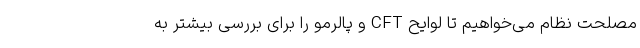
مصلحت نظام می‌خواهیم تا لوایح CFT و پالرمو را برای بررسی بیشتر به